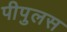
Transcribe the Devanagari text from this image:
पीपुलस